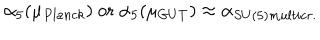
\alpha _ { 5 } ( \mu _ { P l a n c k } ) \mathrm { ~ o r ~ } \alpha _ { 5 } ( \mu _ { G U T } ) \approx \alpha _ { S U ( 5 ) m u l t i c r . }